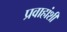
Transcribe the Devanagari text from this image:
प्रवाहांशी